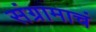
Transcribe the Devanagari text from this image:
संग्रामाचं